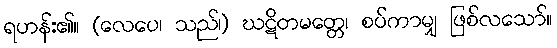
ရဟန်း၏။ (လေပေ၊ သည်၊) ဃဋိတမတ္တေ၊ စပ်ကာမျှ ဖြစ်လသော်။